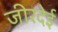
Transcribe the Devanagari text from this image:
जीरदेई